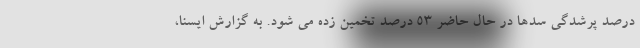
درصد پرشدگی سدها در حال حاضر ۵۳ درصد تخمین زده می شود. به گزارش ایسنا،